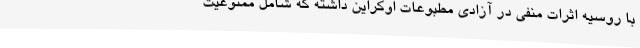
با روسیه اثرات منفی در آزادی مطبوعات اوکراین داشته که شامل ممنوعیت